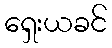
ရှေးယခင်